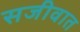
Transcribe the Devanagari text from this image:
सजीवात